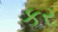
કર